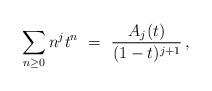
LaTeX: \begin{align*}\sum _{n\geq 0}n^jt^n \ = \ \frac{A_j(t)}{(1-t)^{j+1}} \, ,\end{align*}